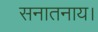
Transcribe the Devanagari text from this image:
सनातनाय।